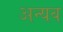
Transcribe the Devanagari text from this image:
अन्यव